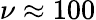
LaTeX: \nu\approx 100